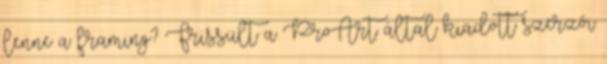
lenne a framing? Frissült a ProArt által kiadott szerzői